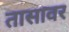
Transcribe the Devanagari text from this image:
तासावर